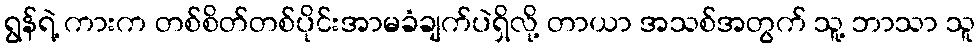
ရွန်ရဲ့ ကားက တစ်စိတ်တစ်ပိုင်းအာမခံချက်ပဲရှိလို့ တာယာ အသစ်အတွက် သူ့ ဘာသာ သူ